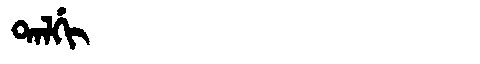
Manchu: ᡨᠠᠯᡤᡳ
Romanization: TALGI